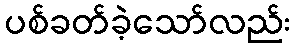
ပစ်ခတ်ခဲ့သော်လည်း